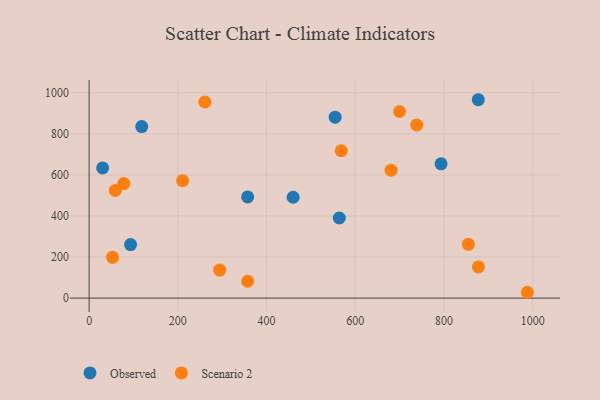
{"axis": {"x": "Ad Spend", "y": "Profit"}, "legend": ["Observed", "Scenario 2"], "data": [{"x": "877.2", "y": 966.1, "type": "Observed"}, {"x": "563.9", "y": 390.0, "type": "Observed"}, {"x": "459.9", "y": 491.2, "type": "Observed"}, {"x": "93.4", "y": 260.8, "type": "Observed"}, {"x": "118.6", "y": 835.5, "type": "Observed"}, {"x": "793.3", "y": 653.9, "type": "Observed"}, {"x": "30.4", "y": 634.2, "type": "Observed"}, {"x": "357.3", "y": 492.8, "type": "Observed"}, {"x": "554.6", "y": 880.9, "type": "Observed"}, {"x": "260.8", "y": 955.1, "type": "Scenario 2"}, {"x": "357.4", "y": 82.2, "type": "Scenario 2"}, {"x": "680.6", "y": 622.8, "type": "Scenario 2"}, {"x": "738.4", "y": 843.1, "type": "Scenario 2"}, {"x": "854.9", "y": 261.7, "type": "Scenario 2"}, {"x": "210.7", "y": 571.8, "type": "Scenario 2"}, {"x": "568.4", "y": 717.7, "type": "Scenario 2"}, {"x": "699.8", "y": 908.8, "type": "Scenario 2"}, {"x": "59.0", "y": 524.6, "type": "Scenario 2"}, {"x": "987.9", "y": 28.4, "type": "Scenario 2"}, {"x": "294.2", "y": 136.3, "type": "Scenario 2"}, {"x": "877.5", "y": 151.7, "type": "Scenario 2"}, {"x": "78.2", "y": 557.7, "type": "Scenario 2"}, {"x": "52.7", "y": 198.7, "type": "Scenario 2"}]}